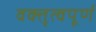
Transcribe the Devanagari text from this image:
वक्तृत्वपूर्ण